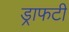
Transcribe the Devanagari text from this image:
ड्राफटी